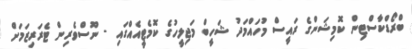
ބްރޯޑްކާސްޓިން ކޮމިޝަންގެ ރައީސް މުހައްމަދު ޝަހީބް މަޖިލީހުގެ ކޮމެޓީއެއްގައި - ނޫސްވެރިން ޓެރަރިޒަމަށް